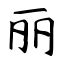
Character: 丽